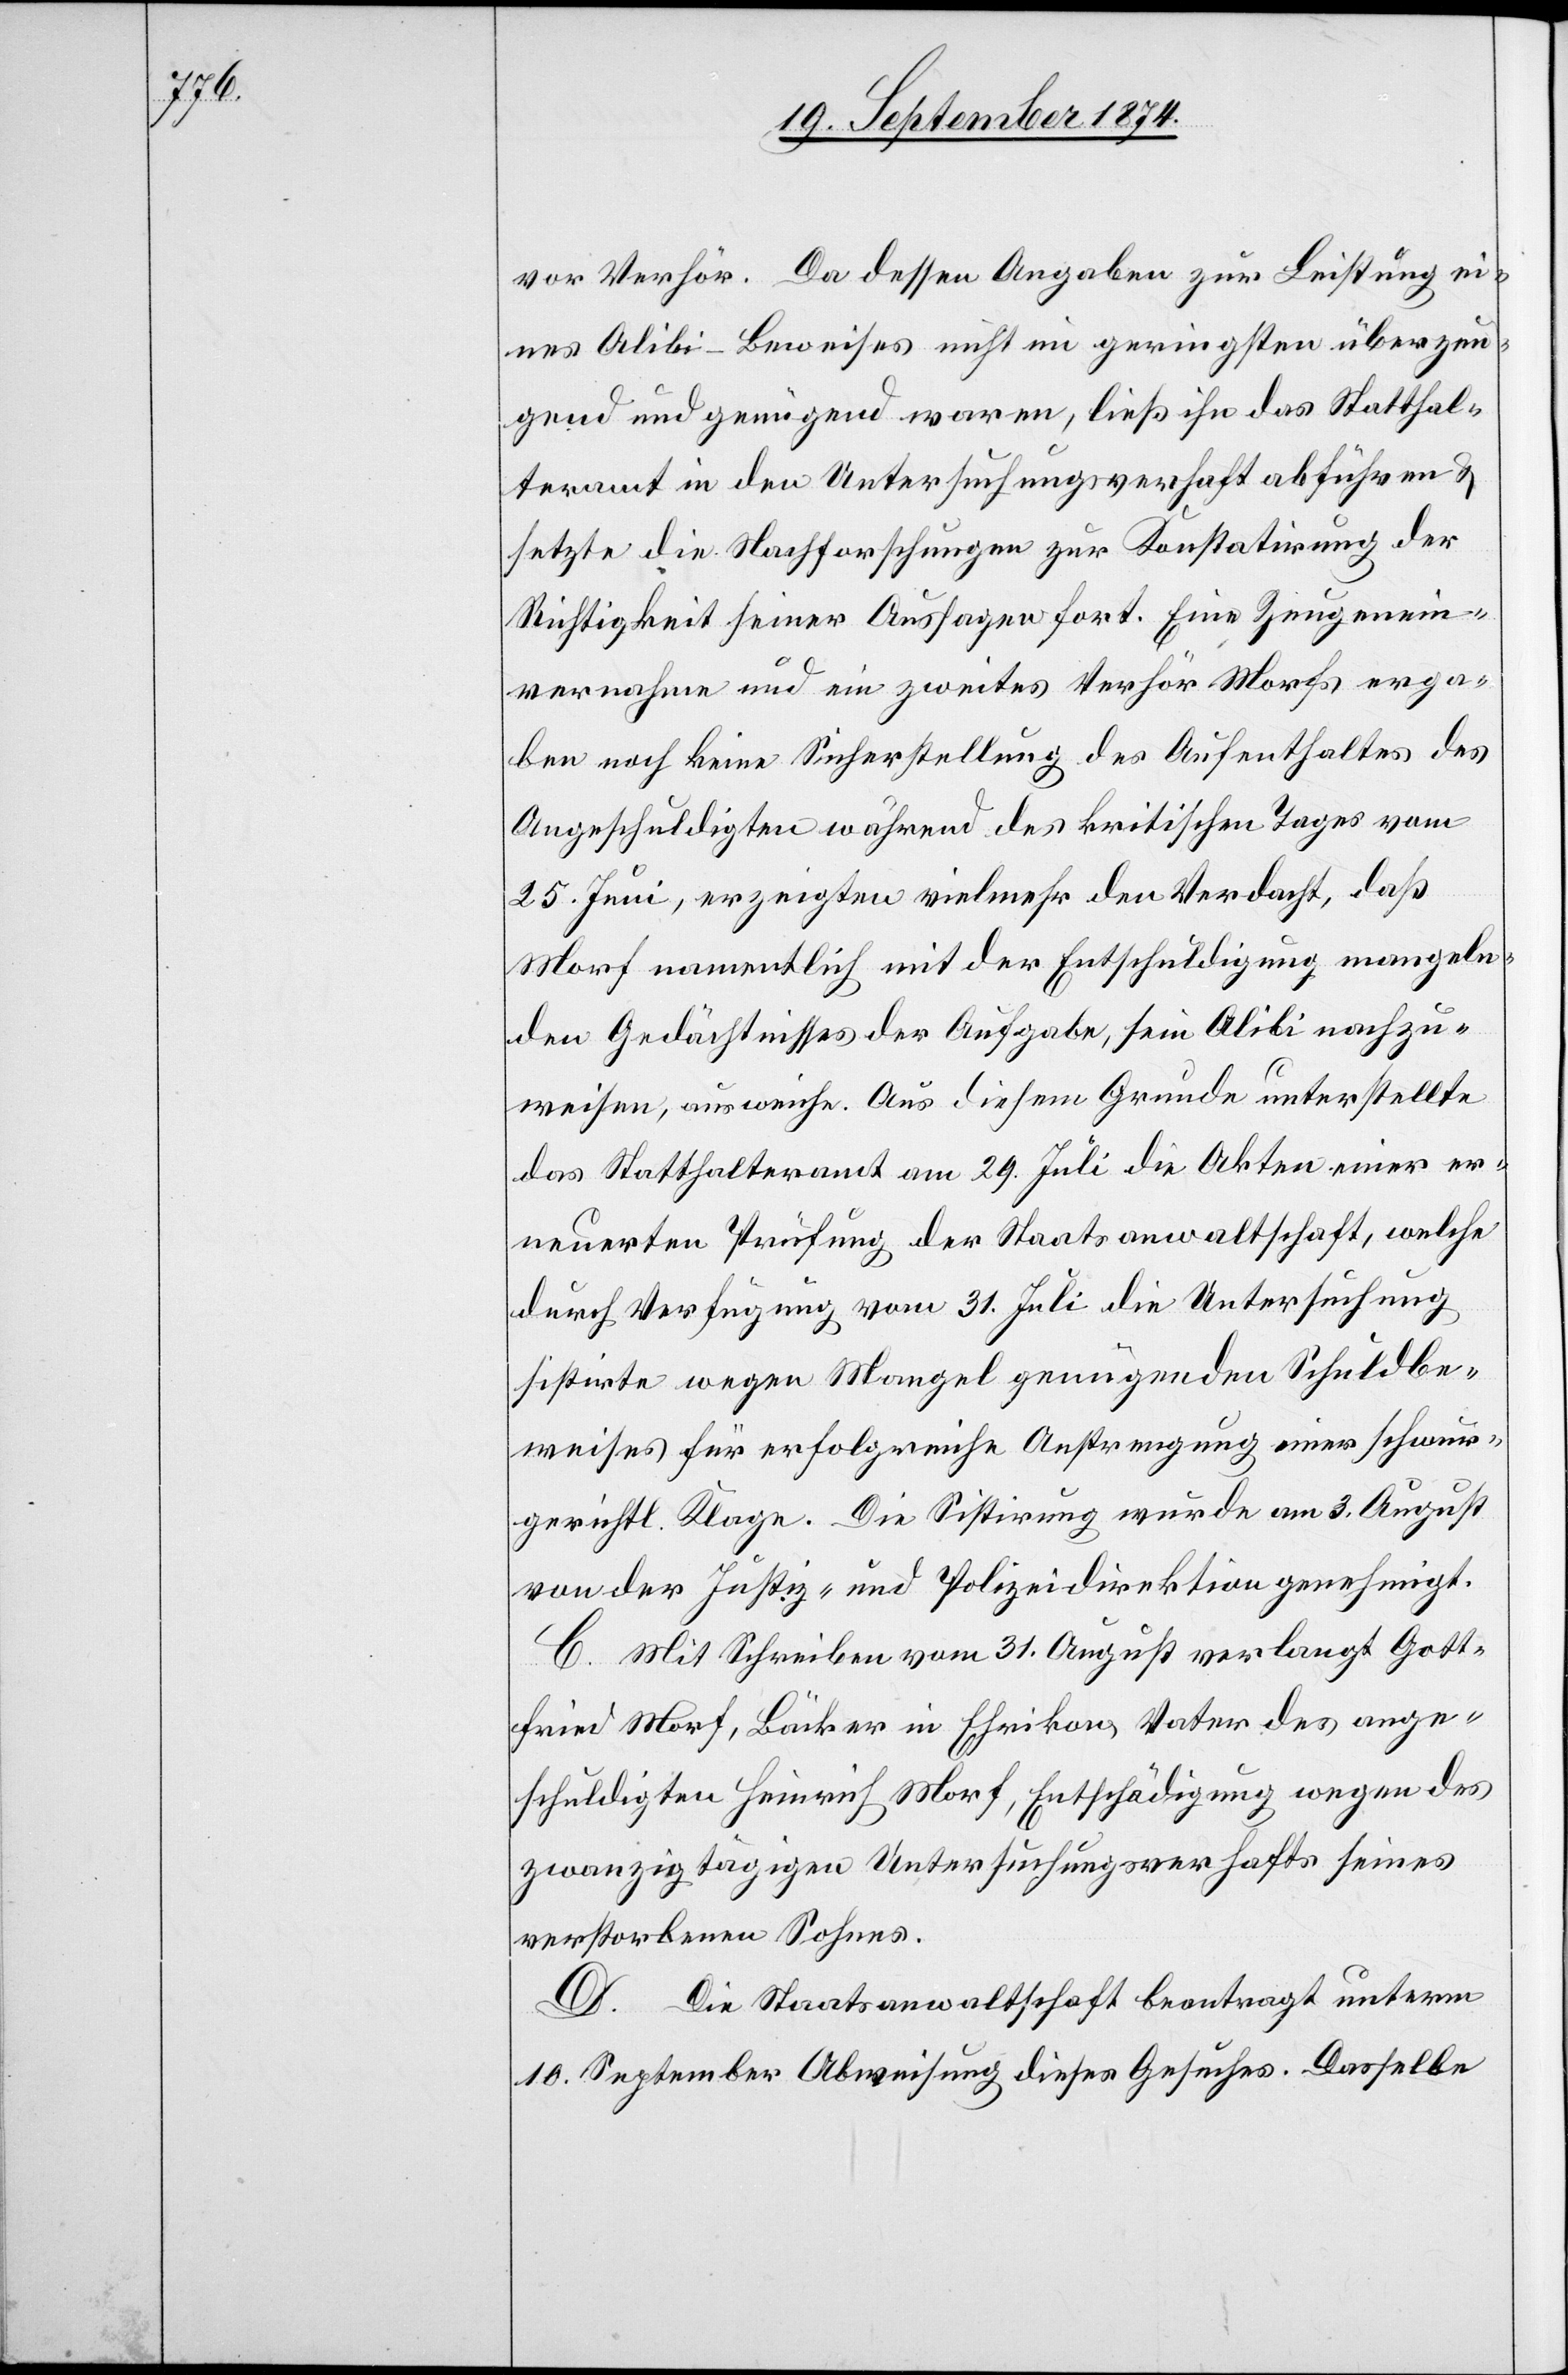
vor Verhör. Da dessen Angaben zur Leistung ei¬
nes Alibi-Beweises nicht im geringsten überzeu¬
gend und genügend waren, ließ ihn das Statthal¬
teramt in den Untersuchungsverhaft abführen &
setzte die Nachtforschungen zur Konstatirung der
Richtigkeit seiner Aussagen fort. Eine Zeugenein¬
vernahme und ein zweites Verhör Morfs erga¬
ben noch keine Sicherstellung des Aufenthaltes des
Angeschuldigten während des kritischen Tages vom
25. Juni, erzeigten viel mehr den Verdacht, daß
Morf namentlich mit der Entschuldigung mangeln¬
den Gedächtnisses der Aufgabe, sein Alibi nachzu¬
weisen, ausweiche. Aus diesem Grunde unterstellte
das Statthalteramt am 29. Juli die Akten einer er¬
neuerten Prüfung der Staatsanwaltschaft, welche
durch Verfügung vom 31. Juli die Untersuchung
sistirte wegen Mangel genügenden Schuldbe¬
weises für erfolgreiche Anstrengung einer schwur¬
gerichtl. Klage. Die Sistirung wurde am 3. August
von der Justiz- und Polizeidirektion genehmigt.
C. Mit Schreiben vom 31. August verlangt Gott¬
fried Morf, Bäcker in Ehrikon Vater des ange¬
schuldigten Heinrich Morf, Entschädigung wegen des
zwanzigtägigen Untersuchungsverhafts seines
verstorbenen Sohnes.
D. Die Staatsanwaltschaft beantragt unterm
10. September Abweisung dieses Gesuches. Dasselbe